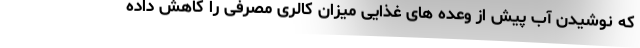
که نوشیدن آب پیش از وعده های غذایی میزان کالری مصرفی را کاهش داده